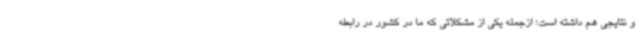
و نتایجی هم داشته است؛ ازجمله یکی از مشکلاتی که ما در کشور در رابطه